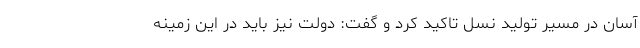
آسان در مسیر تولید نسل تاکید کرد و گفت: دولت نیز باید در این زمینه